Civil Veterinary Dept. North-West Frontier Province 1933-46 - 1933-1946
Year: 1933
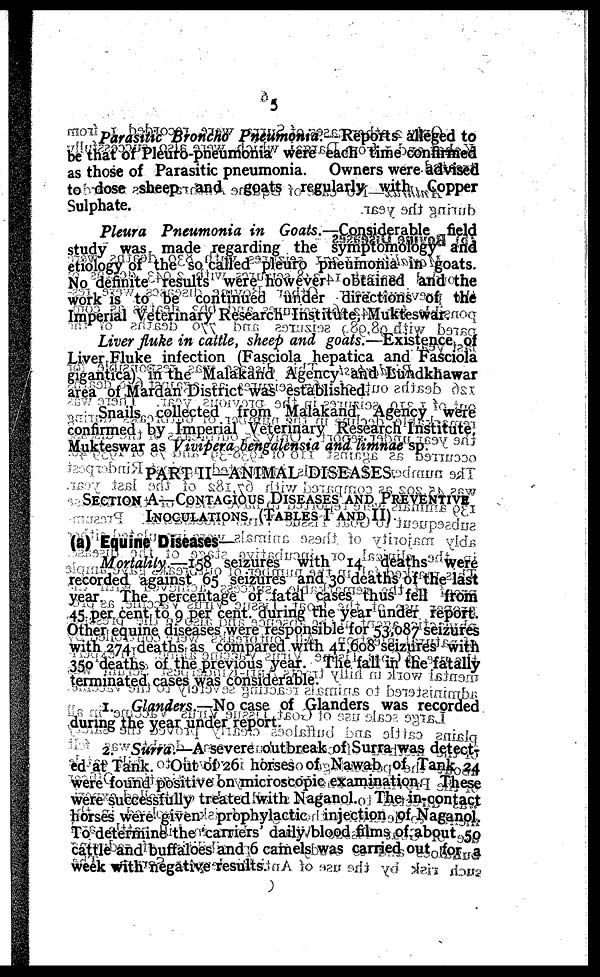
5
Parasitic Broncho Pneumonia.
Reports alleged to
be that of Pleuro-pneumonia were each time confirmed
as those of Parasitic pneumonia.
Owners were advised
to dose sheep and goats regularly with Copper
Sulphate.
Pleura Pneumonia in Goats.- Considerable field
study was made regarding the symptomology and
etiology of the so called pleuro pneumonia in goats.
No definite results were however obtained and the
work is to be continued under directions of the
Imperial Veterinary Research Institute, Mukteswar.
Liver fluke in cattle, sheep and goats.—Existence of
Liver Fluke infection (Fasciola hepatica and Fasciola
gigantica) in the Malakand Agency and Lundkhawar
area of Mardan District was established.
Snails collected from Malakand Agency were
confirmed by Imperial Veterinary Research Institute,
Mukteswar as Vivipera bengalensia and limnae sp
PART II—ANIMAL DISEASES.
SESCTION A—CONTAGIOUS DISEASES AND PREVENTIVE
INOCULATIONS. (TABLES I AND II).
(a) Equine Diseases—
Mortality.—158 seizures with 14 deaths were
recorded against 65 seizures and 30 deaths of the last
year. The percentage of fatal cases thus fell from
45 per cent to 9 per cent. during the year under report.
Other equine diseases were responsible for 53,087 seizures
with 274 deaths as compared with 41,608 seizures with
350 deaths of the previous year. The fall in the fatally
terminated cases was considerable.
1. Glanders .—No case of Glanders was recorded
during the year under report.
2. Surra.—A severe outbreak of Surra was detect-
ed at Tank. Out of 26 horses of Nawab of Tank 24
were found positive on microscopic examination. These
were successfully treated with Naganol. The in-contact
horses were given prophylactic injection of Naganol.
To determine the 'carriers daily blood films of about 50
cattle and buffaloes and 6 camels was carried out for a
week with negative results.